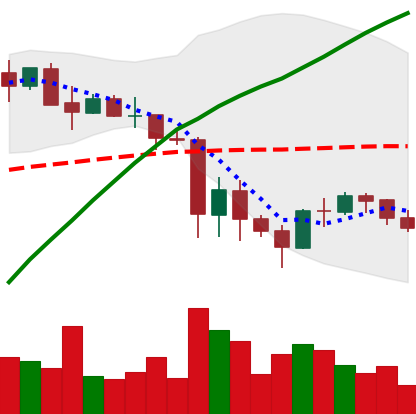
Ticker: BNB-USD
Chart end date: 2021-05-29
Forward return: 40.241%
Label: up_7plus